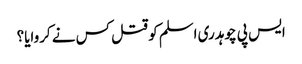
ایس پی چوہدری اسلم کو قتل کس نے کروایا؟